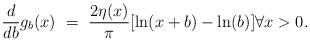
LaTeX: \begin{align*}{d\over db} g_b(x)~=~{2\eta(x) \over \pi}[\ln(x+b)-\ln(b)]\forall x>0.\end{align*}